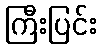
ကြီးပြင်း